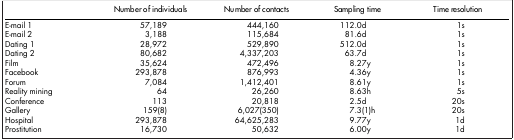
<table><thead><tr><td><b> </b></td><td><b>Number of individuals</b></td><td><b>Number of contacts</b></td><td><b>Sampling time</b></td><td><b>Time resolution</b></td></tr></thead><tbody><tr><td>E-mail 1</td><td>57,189</td><td>444,160</td><td>112.0d</td><td>1s</td></tr><tr><td>E-mail 2</td><td>3,188</td><td>115,684</td><td>81.6d</td><td>1s</td></tr><tr><td>Dating 1</td><td>28,972</td><td>529,890</td><td>512.0d</td><td>1s</td></tr><tr><td>Dating 2</td><td>80,682</td><td>4,337,203</td><td>63.7d</td><td>1s</td></tr><tr><td>Film</td><td>35,624</td><td>472,496</td><td>8.27y</td><td>1s</td></tr><tr><td>Facebook</td><td>293,878</td><td>876,993</td><td>4.36y</td><td>1s</td></tr><tr><td>Forum</td><td>7,084</td><td>1,412,401</td><td>8.61y</td><td>1s</td></tr><tr><td>Reality mining</td><td>64</td><td>26,260</td><td>8.63h</td><td>5s</td></tr><tr><td>Conference</td><td>113</td><td>20,818</td><td>2.5d</td><td>20s</td></tr><tr><td>Gallery</td><td>159(8)</td><td>6,027(350)</td><td>7.3(1)h</td><td>20s</td></tr><tr><td>Hospital</td><td>293,878</td><td>64,625,283</td><td>9.77y</td><td>1d</td></tr><tr><td>Prostitution</td><td>16,730</td><td>50,632</td><td>6.00y</td><td>1d</td></tr></tbody></table>